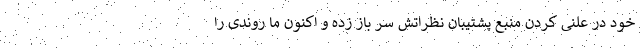
خود در علنی کردن منبع پشتیبان نظراتش سر باز زده و اکنون ما روندی را